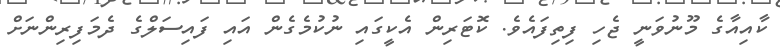
ކާއިއާގެ މޫނުވަނީ ޖެހި ފިތިފައެވެ. ކޮޓަރިން އެކީގައި ނުކުމެގެން އައި ފައިސަލްގެ ދެމަފިރިންނަށް